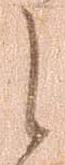
之